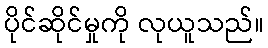
ပိုင်ဆိုင်မှုကို လုယူသည်။